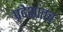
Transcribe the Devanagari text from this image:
प्रदेशांतच